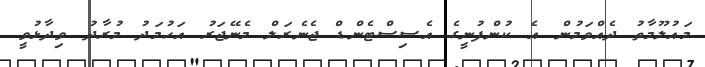
މައުލޫމާތު ދެއްވަމުން އެ ކުންފުނީގެ އެސިސްޓެންޑް ޖެނެރަލް މެނޭޖަރު އަހުމަދު މުރާދު ވިދާޅުވީ